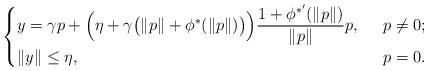
LaTeX: \begin{align*}\begin{cases}y=\gamma p+\Big(\eta+\gamma\big(\|p\|+\phi^*(\|p\|)\big)\Big)\dfrac{1+\phi^{*'}(\|p\|)}{\|p\|}p,&\;\;p\neq 0;\\\|y\|\leq\eta,&\;\;p=0.\end{cases}\end{align*}